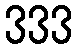
333